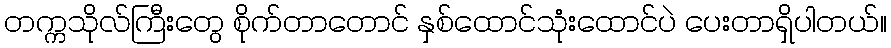
တက္ကသိုလ်ကြီးတွေ စိုက်တာတောင် နှစ်ထောင်သုံးထောင်ပဲ ပေးတာရှိပါတယ်။